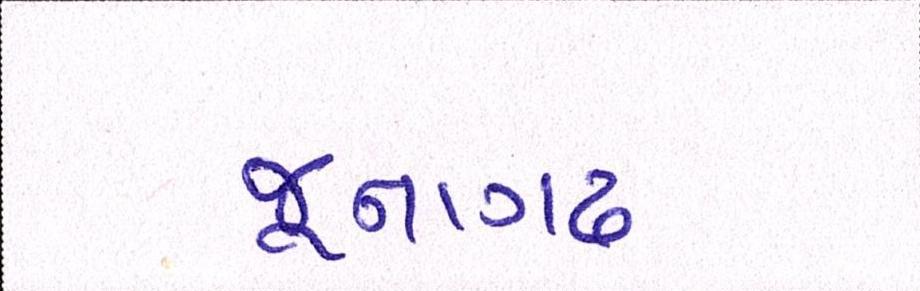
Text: જૂનાગઢ